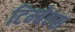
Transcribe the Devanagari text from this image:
टिम्बेल्स